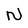
Character: N